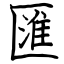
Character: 匯